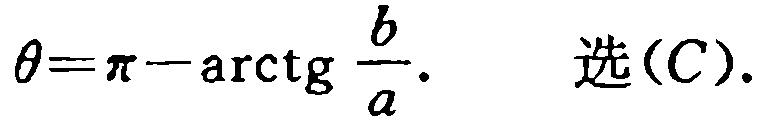
\(\theta=\pi-\mathrm{arctg}\frac{b}{a}.\) 选\((C)\).